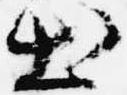
出